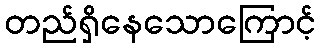
တည်ရှိနေသောကြောင့်